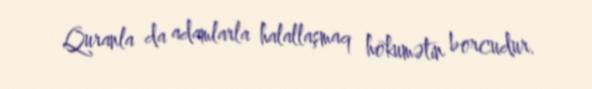
Quranla da adamlarla halallaşmaq hökumətin borcudur.